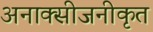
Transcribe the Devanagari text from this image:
अनाक्सीजनीकृत